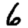
Digit: 6